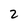
Character: 2